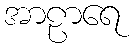
အာဠာရေ